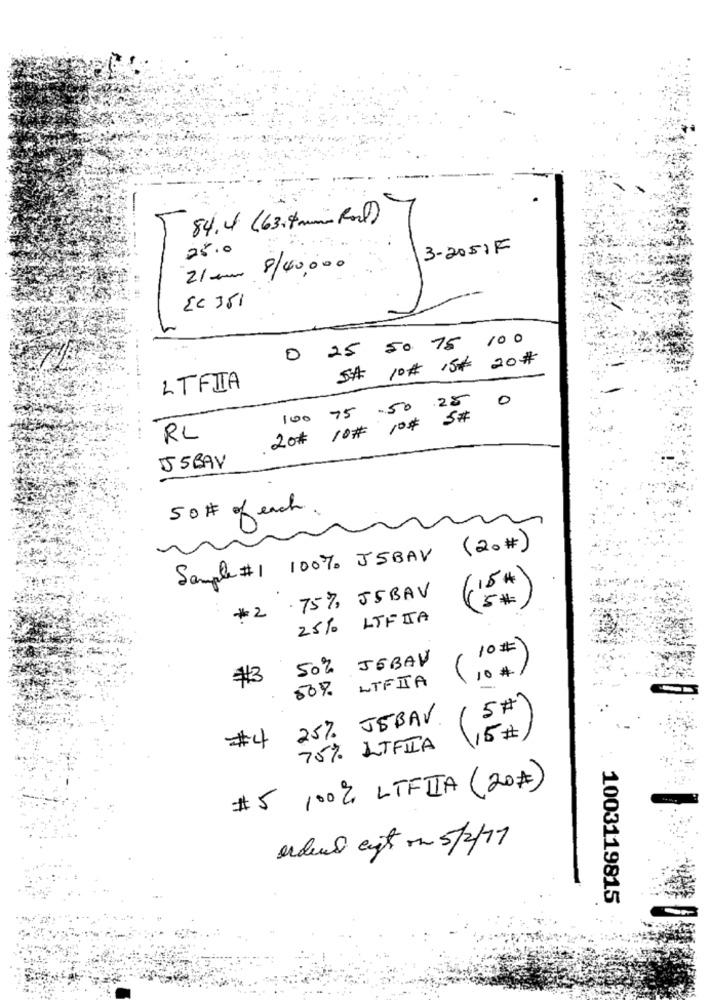
84.4 (63.4 mm Ral)
25.0
3-2051 F
21 am 8/40,000
0 25 50 75 100
5# 10# 15# 20#
LTFIIA
100 75 -50 .25 0
20# 10# 10# 5#
RL
55BAY
50# of each.
(20#)
Sample #1 100% JSBAV
15#
.75%, JSBAV
#2
25%0 LTFIA
10#
50% JEBAV
#3
(10 #1
50%
LTFIIIA
5#
25% JEBAV
(15# )
#4
75% ITFICA
# 5 100% LTFIIA (20#)
erduul ent on 5/2/19
1003119815